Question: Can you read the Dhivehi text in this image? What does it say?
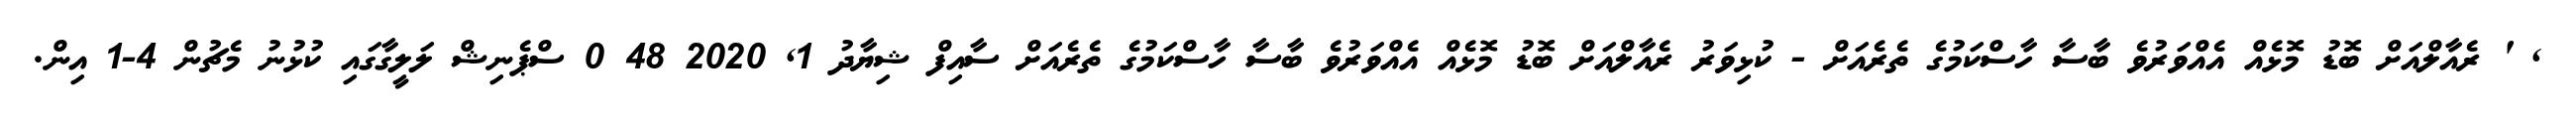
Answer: , ' ރެއާލްއަށް ބޮޑު މޮޅެއް އެއްވަރުވެ ބާސާ ހާސްކަމުގެ ތެރެއަށް - ކުޅިވަރު ރެއާލްއަށް ބޮޑު މޮޅެއް އެއްވަރުވެ ބާސާ ހާސްކަމުގެ ތެރެއަށް ސާއިފް ޝިޔާދު 1, 2020 48 0 ސްޕެނިޝް ލަލީގާގައި ކުޅުނު މެޗުން 4-1 އިން.